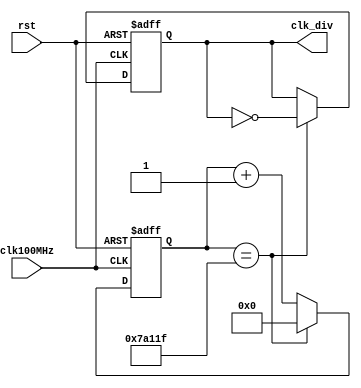
`timescale 1ns / 1ns
/******************************************************************************
 * (C) Copyright 2016 AGH UST All Rights Reserved
 *
 * MODULE:    clk_divider
 * DEVICE:    general
 * PROJECT:   stopwatch
 *
 * ABSTRACT:  The clock divider module. Assuming 100MHz input clock
 *
 * HISTORY:
 * 1 Jan 2016, RS - initial version
 * 16 Jan 2020, PW - add parameter freq
 *******************************************************************************/
module clk_divider
    #(parameter FREQ = 100)    //default output frequency in Hz
    (
        input  wire clk100MHz, // input clock 100 MHz
        input  wire rst,       // async reset active high
        output reg  clk_div    // output clock
    );

    // when the counster should restart from zero
    localparam LOOP_COUNTER_AT = 100_000_000 / FREQ / 2 ;

    reg [clog2(LOOP_COUNTER_AT)-1:0] count;

    always @( posedge(clk100MHz), posedge(rst) )
    begin

        if(rst)
        begin : counter_reset
            count   <= #1 0;
            clk_div <= #1 1'b0;
        end

        else
        begin : counter_operate

            if (count == (LOOP_COUNTER_AT - 1))
            begin : counter_loop
                count   <= #1 0;
                clk_div <= #1 ~clk_div;
            end

            else
            begin : counter_increment
                count   <= #1 count + 1;
                clk_div <= #1 clk_div;
            end

        end
    end

    // function to calculate number of bits necessary to store the number
    // (ceiling of base 2 logarithm)
    function integer clog2(input integer number);
        begin
            clog2 = 0;
            while (number)
            begin
                clog2  = clog2 + 1;
                number = number >> 1;
            end
        end
    endfunction

endmodule